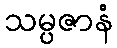
သမ္ပဇာနံ